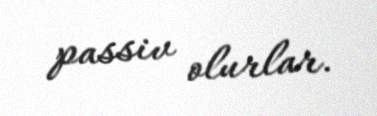
passiv olurlar.